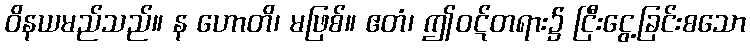
ဝိနယမည်သည်။ န ဟောတိ၊ မဖြစ်။ ဧတံ၊ ဤဝဋ်တရား၌ ငြီးငွေ့ခြင်းစသော